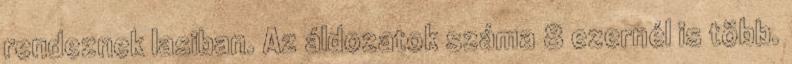
rendeznek Iasiban. Az áldozatok száma 8 ezernél is több.